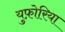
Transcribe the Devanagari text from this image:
युफ़ोरिया